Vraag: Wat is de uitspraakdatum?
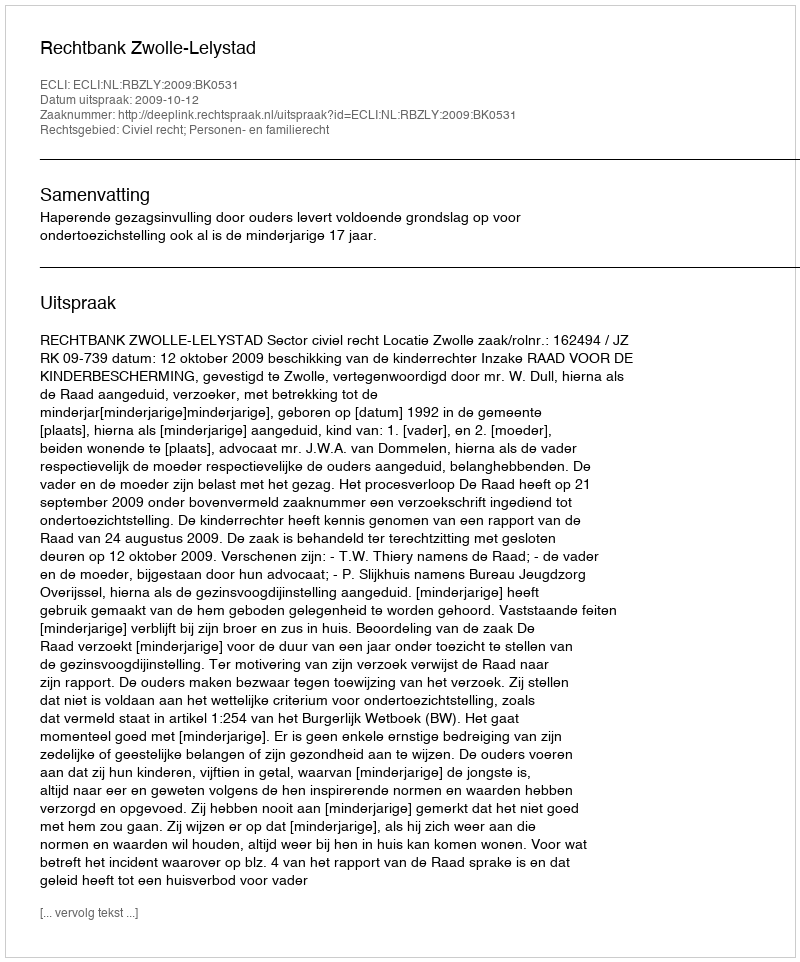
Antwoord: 2009-10-12